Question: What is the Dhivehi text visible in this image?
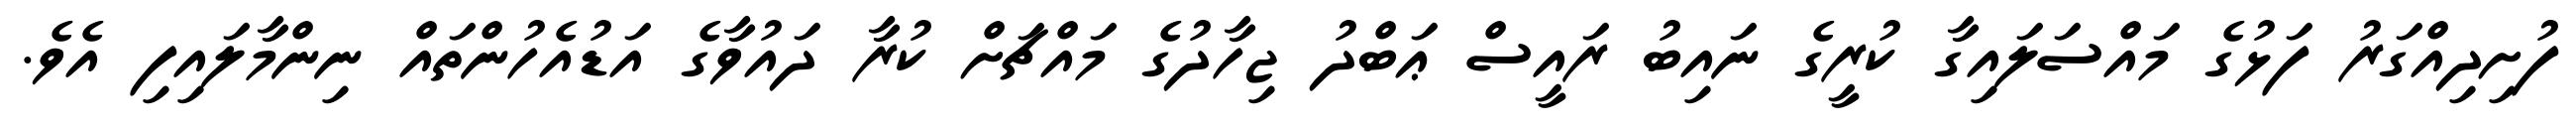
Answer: ފުށިދިއްގަރު ފަޅުގެ މައްސަލައިގާ ކުރީގެ ނައިބު ރައީސް ޢަބްދު ޖިހާދުގެ މައްޗަށް ކުރާ ދައުވާގެ އަޑުއެހުންތައް ނިންމާލައިފި އެވެ.